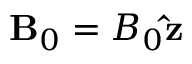
\mathbf { B } _ { 0 } = B _ { 0 } \mathbf { \hat { z } }